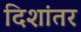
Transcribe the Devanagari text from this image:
दिशांतर